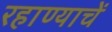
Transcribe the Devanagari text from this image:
रहाण्याचें